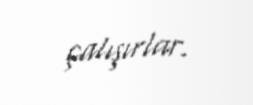
çalışırlar.